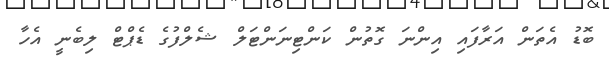
ބޮޑު އެތަން އަރާފައި އިންނަ ގޮތުން ކަންޓިނަންޓަލް ޝެލްފުގެ ޑެޕްޓް ލިބެނީ އެހާ